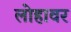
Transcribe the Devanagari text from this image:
लोहावर